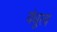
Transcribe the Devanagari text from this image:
वंधुत्व